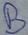
Text: B